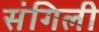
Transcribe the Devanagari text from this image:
संगिली